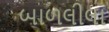
બાળલીલા